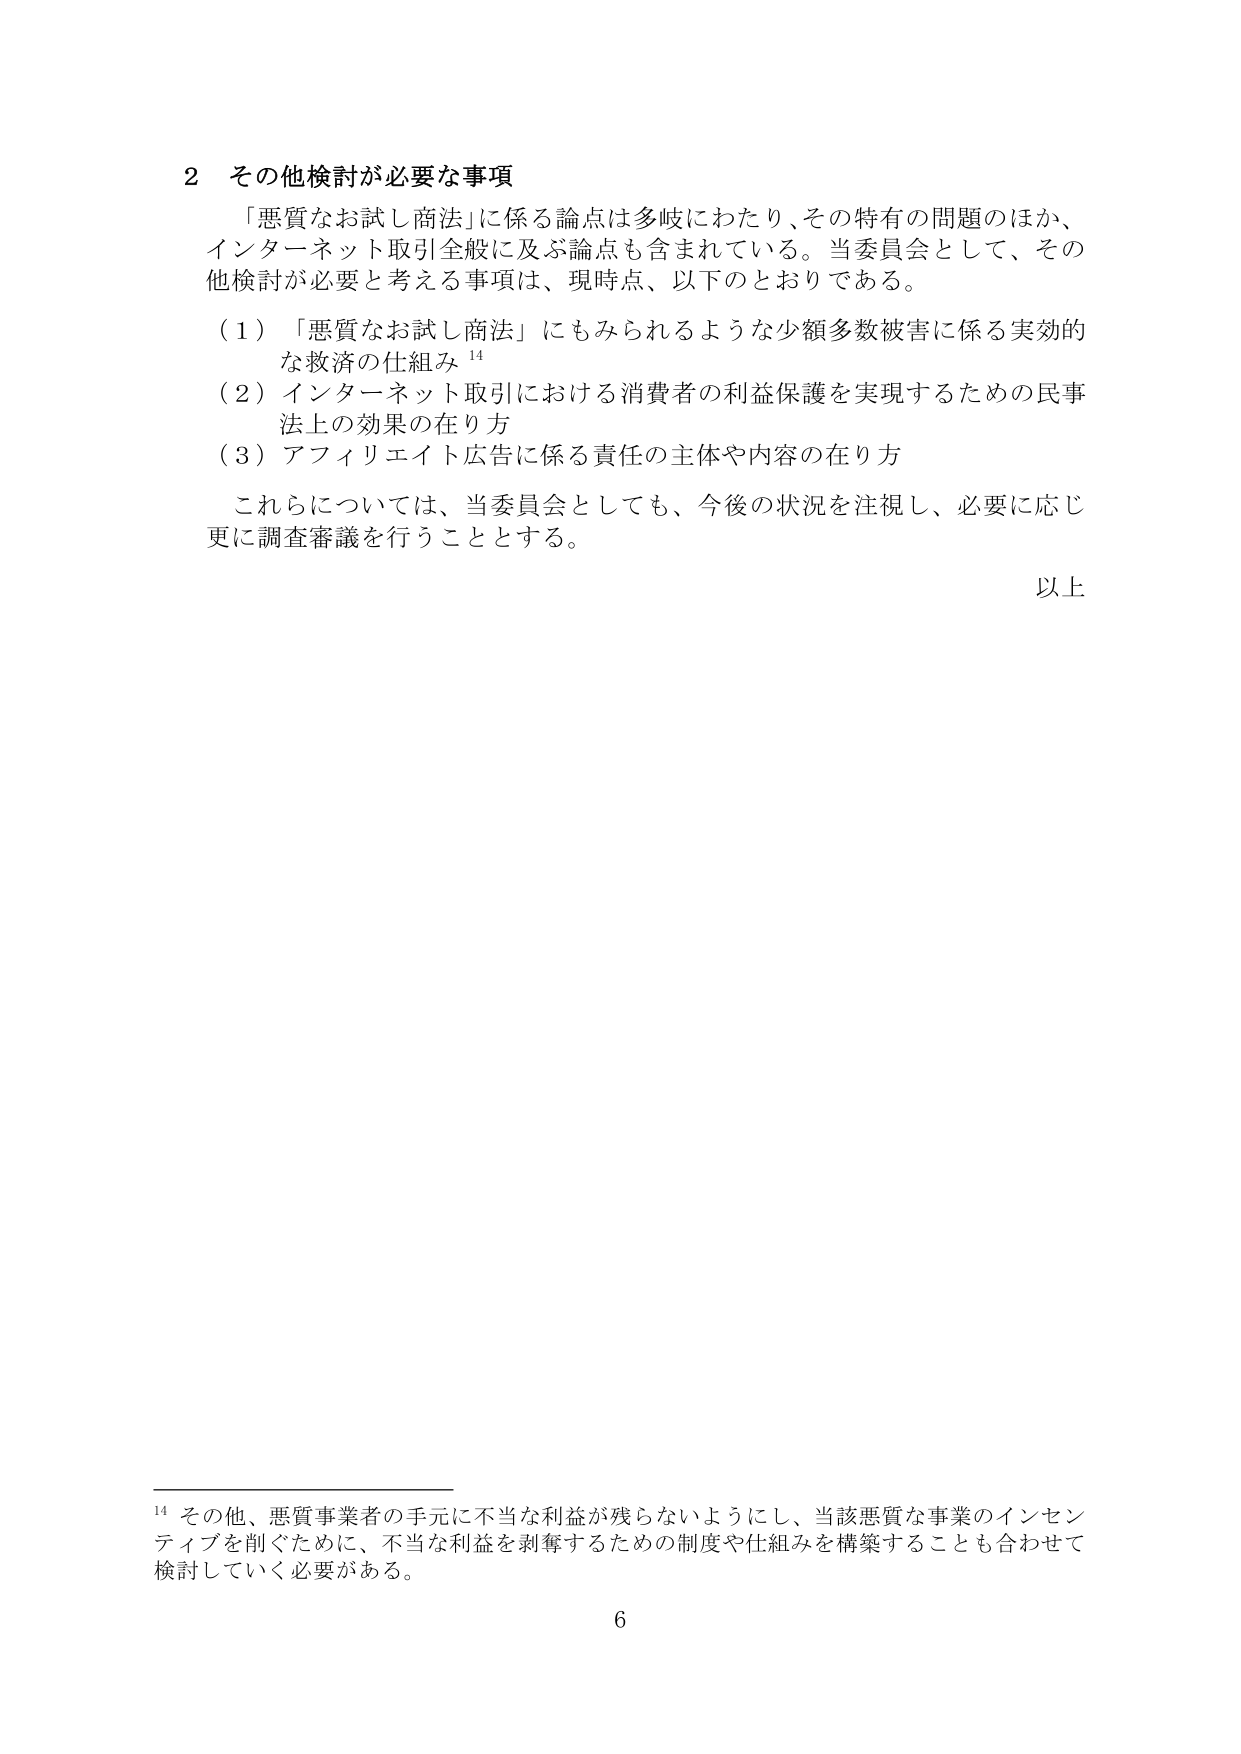
2 その他検討が必要な事項
「悪質なお試し商法」に係る論点は多岐にわたり、その特有の問題のほか、
インターネット取引全般に及ぶ論点も含まれている。当委員会として、その他検討が必要と考える事項は、現時点、以下のとおりである。

（1）「悪質なお試し商法」にもみられるような少額多数被害に係る実効的な救済の仕組み¹⁴
（2）インターネット取引における消費者の利益保護を実現するための民事法上の効果の在り方
（3）アフィリエイト広告に係る責任の主体や内容の在り方

これらについては、当委員会としても、今後の状況を注視し、必要に応じ更に調査審議を行うこととする。

以上

¹⁴ その他、悪質事業者の手元に不当な利益が残らないようにし、当該悪質な事業のインセンティブを削ぐために、不当な利益を剥奪するための制度や仕組みを構築することも合わせて検討していく必要がある。

6